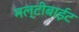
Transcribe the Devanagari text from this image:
मल्टीबाईट